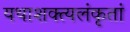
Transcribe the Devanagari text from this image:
यथाशक्त्यलंकृतां